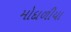
મોદાળીયા